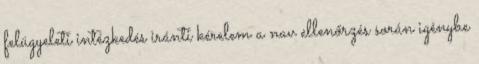
felügyeleti intézkedés iránti kérelem a nav ellenőrzés során igénybe